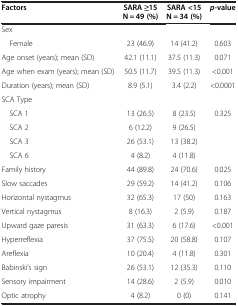
| Factors | SARA ≥15 N = 49 (%) | SARA <15 N = 34 (%) | p-value |
 | --- | --- | --- | --- |
 | Sex |  |  |  |
 | Female | 23 (46.9) | 14 (41.2) | 0.603 |
 | Age onset (years); mean (SD) | 42.1 (11.1) | 37.5 (11.3) | 0.071 |
 | Age when exam (years); mean (SD) | 50.5 (11.7) | 39.5 (11.3) | <0.001 |
 | Duration (years); mean (SD) | 8.9 (5.1) | 3.4 (2.2) | <0.0001 |
 | SCA Type |  |  |  |
 | SCA 1 | 13 (26.5) | 8 (23.5) | 0.325 |
 | SCA 2 | 6 (12.2) | 9 (26.5) |  |
 | SCA 3 | 26 (53.1) | 13 (38.2) |  |
 | SCA 6 | 4 (8.2) | 4 (11.8) |  |
 | Family history | 44 (89.8) | 24 (70.6) | 0.025 |
 | Slow saccades | 29 (59.2) | 14 (41.2) | 0.106 |
 | Horizontal nystagmus | 32 (65.3) | 17 (50) | 0.163 |
 | Vertical nystagmus | 8 (16.3) | 2 (5.9) | 0.187 |
 | Upward gaze paresis | 31 (63.3) | 6 (17.6) | <0.001 |
 | Hyperreflexia | 37 (75.5) | 20 (58.8) | 0.107 |
 | Areflexia | 10 (20.4) | 4 (11.8) | 0.301 |
 | Babinski’s sign | 26 (53.1) | 12 (35.3) | 0.110 |
 | Sensory impairment | 14 (28.6) | 2 (5.9) | 0.010 |
 | Optic atrophy | 4 (8.2) | 0 (0) | 0.141 |